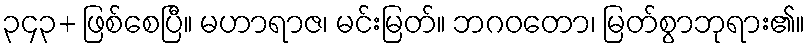
၃၄၃+ ဖြစ်စေပြီ။ မဟာရာဇ၊ မင်းမြတ်။ ဘဂဝတော၊ မြတ်စွာဘုရား၏။